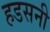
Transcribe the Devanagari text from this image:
हडसनी